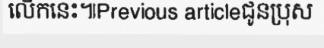
លើកនេះ៕Previous articleជូនប្រុស